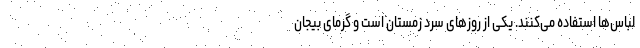
لباس‌ها استفاده می‌کنند. یکی از روزهای سرد زمستان است و گرمای بیجان